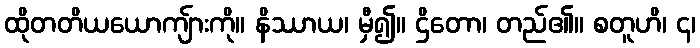
ထိုတတိယယောကျ်ားကို။ နိဿာယ၊ မှီ၍။ ဌိတော၊ တည်၏။ စတူဟိ၊ ၄၊